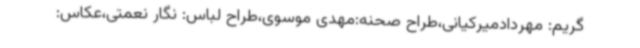
گریم: مهردادمیرکیانی،طراح صحنه:مهدی موسوی،طراح لباس: نگار نعمتی،عکاس: